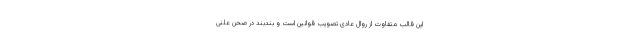
این قالب متفاوت از روال عادی تصویب قوانین است و بندبند در صحن علنی